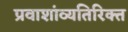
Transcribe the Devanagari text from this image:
प्रवाशांव्यतिरिक्त